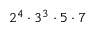
2 ^ { 4 } \cdot 3 ^ { 3 } \cdot 5 \cdot 7